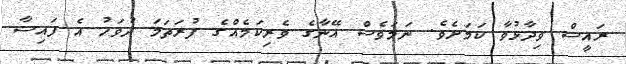
ރައީސް ވިދާޅުވާ ކަމަށެވެ. ނަމަވެސް އޭނާގެ ވެރިކަމެއްގެ ފުރަތަމަ ދުވަހު އެ ފައިސާ